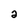
Character: a